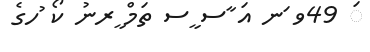
ަ 49ވ ަނ އަ ާސ ީސ ތަމް ީރނު ކޯ ުހގެ